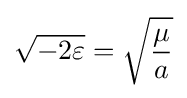
{\sqrt {-2\varepsilon }}={\sqrt {\frac {\mu }{a}}}